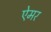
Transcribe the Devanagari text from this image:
ऐमर